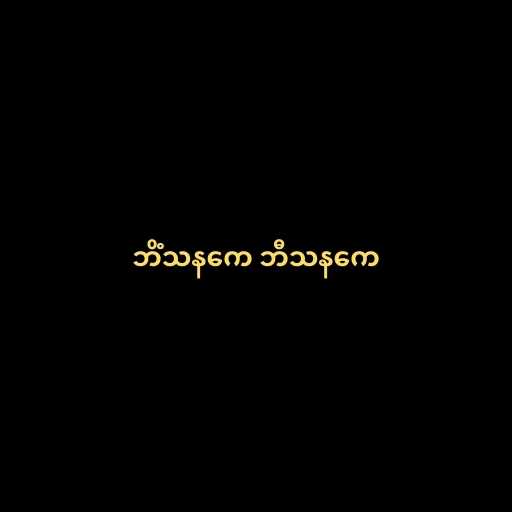
ဘိံသနကေ ဘီသနကေ